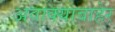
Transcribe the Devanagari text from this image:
अवाक्याबाहेर